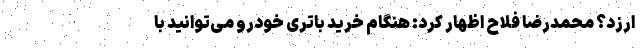
‌ارزد؟ محمدرضا فلاح اظهار کرد: هنگام خرید باتری خودرو می‌توانید با